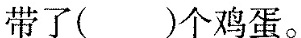
带了（ ）个鸡蛋。